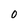
Character: o